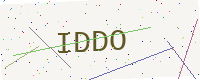
Text: IDDO